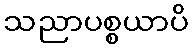
သညာပစ္စယာပိ